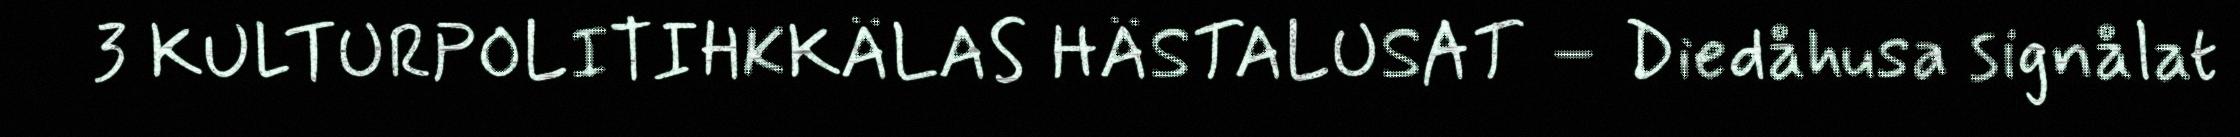
3 KULTURPOLITIHKKÄLAS HÄSTALUSAT – Diedåhusa signålat